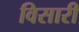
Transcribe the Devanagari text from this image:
विसारी